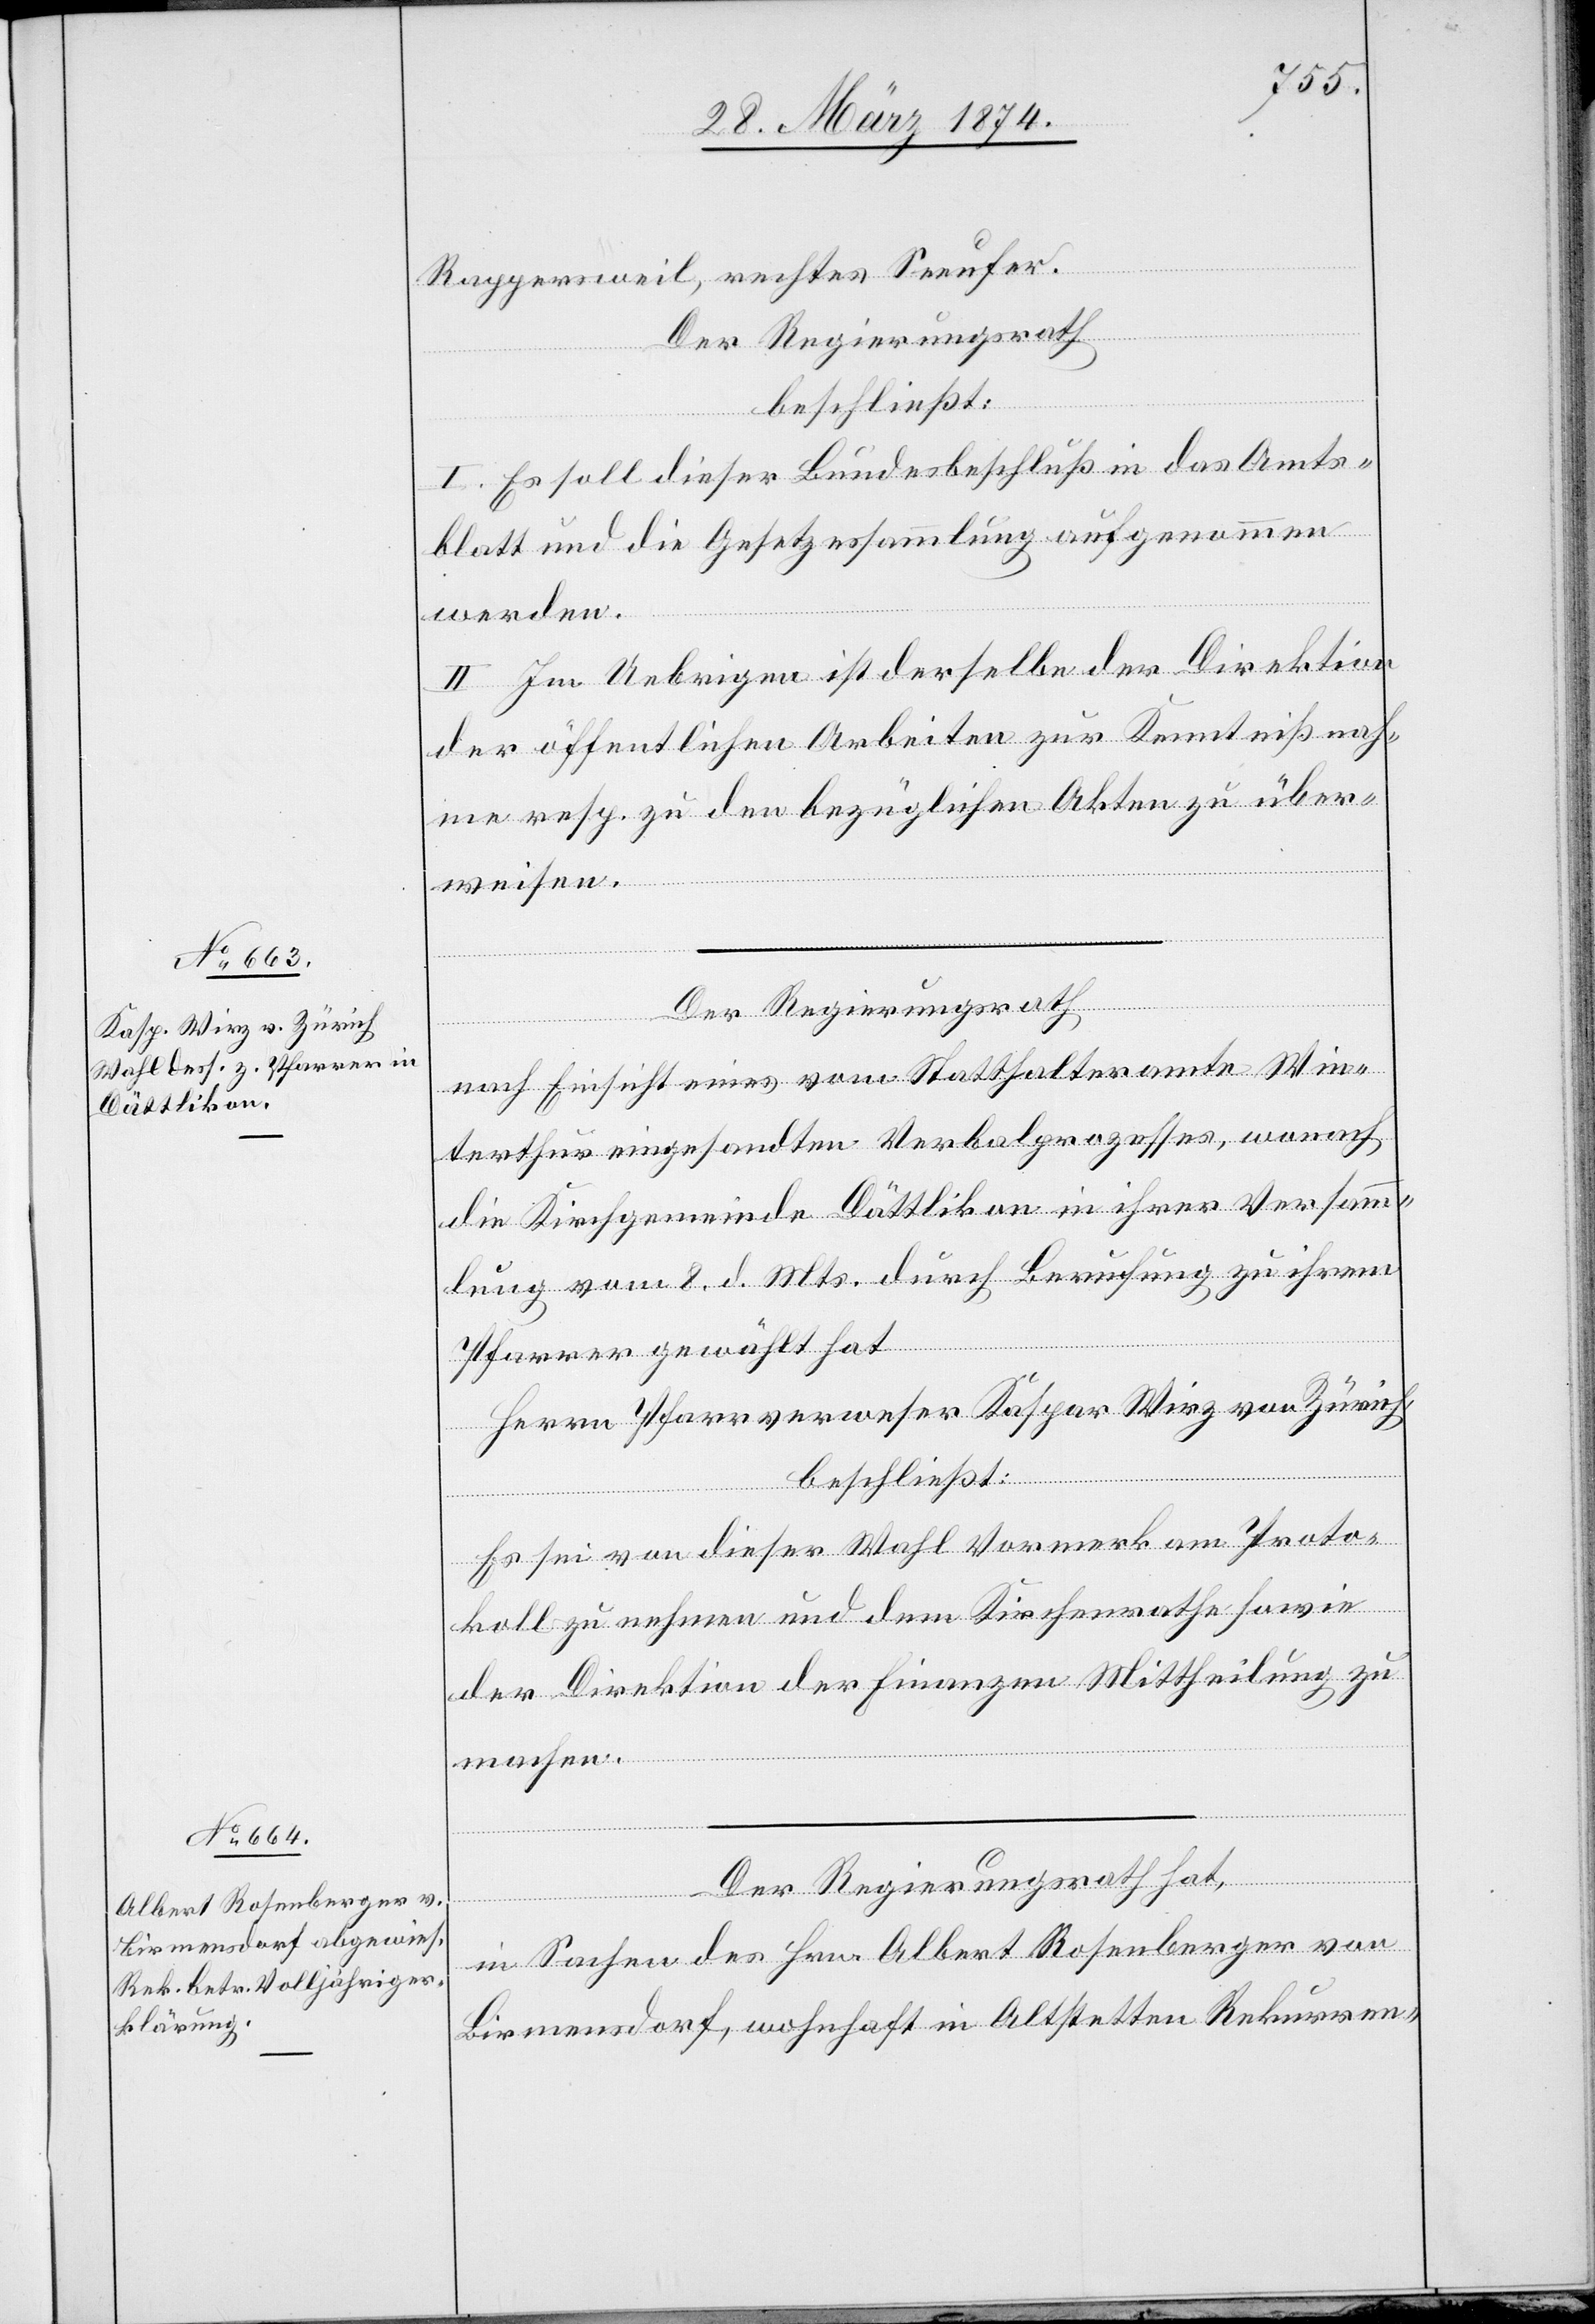
Rappersweil, rechtes Seeufer.
Der Regierungsrath
beschließt:
I. Es soll dieser Bundesbeschluß in das Amts¬
blatt und die Gesetzessammlung aufgenommen
werden.
II. Im Uebrigen ist derselbe der Direktion
der öffentlichen Arbeiten zur Kenntnißnah¬
me resp. zu den bezüglichen Akten zu über¬
weisen.
Der Regierungsrath
nach Einsicht eines vom Statthalteramte Win¬
terthur eingesandten Verbalprozesses, wonach
die Kirchgemeinde Dättlikon in ihrer Versamm¬
lung vom 8. d. Mts. durch Berufung zu ihrem
Pfarrer gewählt hat
Herrn Pfarrverweser Kaspar Wirz von Zürich,
beschließt:
Es sei von dieser Wahl Vormerk am Proto¬
koll zu nehmen und dem Kirchenrathe sowie
der Direktion der Finanzen Mittheilung zu
machen.
Der Regierungsrath hat,
in Sachen des Hrn. Albert Rosenberger von
Birmensdorf, wohnhaft in Altstetten Rekurren-